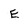
Character: E